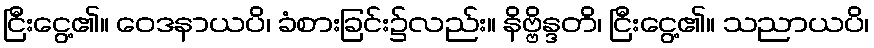
ငြီးငွေ့၏။ ဝေဒနာယပိ၊ ခံစားခြင်း၌လည်း။ နိဗ္ဗိန္ဒတိ၊ ငြီးငွေ့၏။ သညာယပိ၊